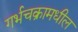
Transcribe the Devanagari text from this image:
गर्भचक्रामधील